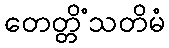
တေတ္တိံသတိမံ